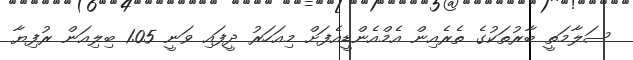
ސަލާމަތީ ބާރުތަކުގެ ތެރެއިން އެމްއެންޑީއެފަށް މިއަހަރު ދީފައި ވަނީ 1.05 ބިލިއަން ރުފިޔާ